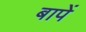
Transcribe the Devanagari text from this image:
बापें